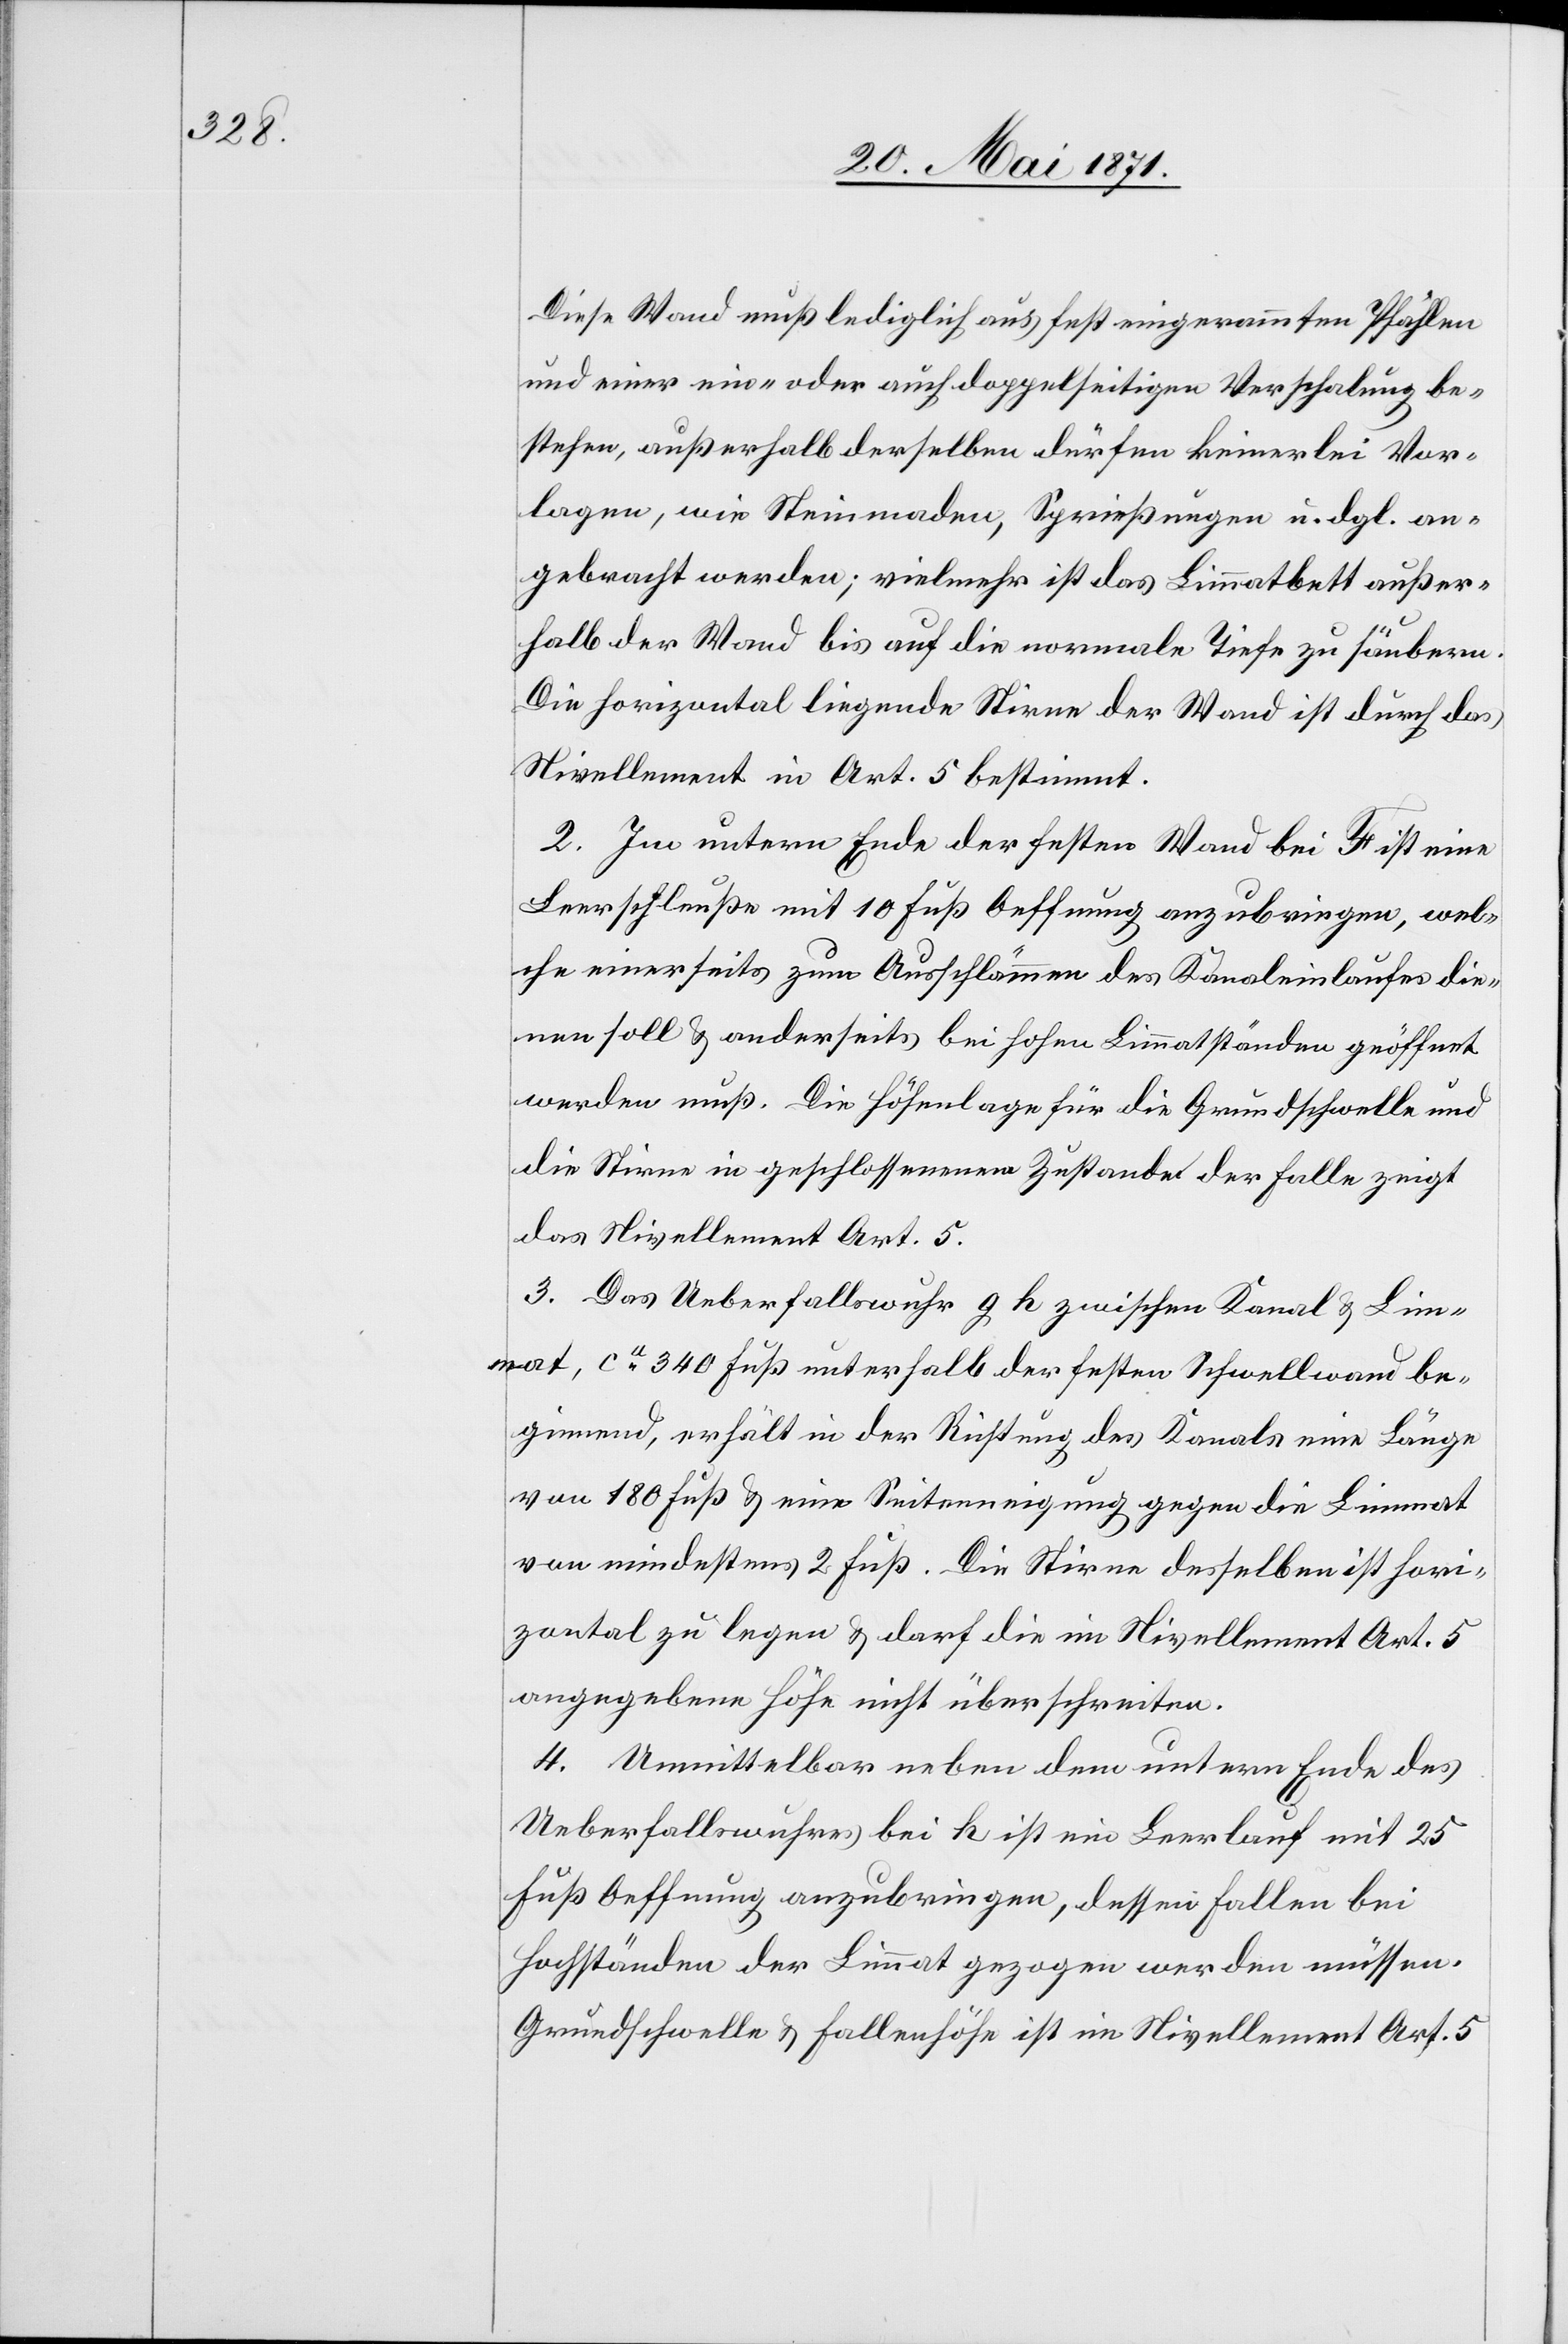
Diese Wand muß lediglich aus fest eingerammten Pfählen
und einer ein- oder auch doppelseitigen Verschalung be¬
stehen, außerhalb derselben dürfen keinerlei Vor¬
lagen, wie Steinmaden, Sprießungen u. dgl. an¬
gebracht werden; vielmehr ist das Limmatbett außer¬
halb der Wand bis auf die normale Tiefe zu säubern.
Die horizontal liegende Stirne der Wand ist durch das
Nivellement in Art. 5 bestimmt.
2. Im untern Ende der festen Wand bei F ist eine
Leerschleuße mit 10 Fuß Oeffnung anzubringen, wel¬
che einerseits zum Ausschlämmen des Kanaleinlaufes die¬
nen soll u. anderseits bei hohen Limmatständen geöffnet
werden muß. Die Höhenlage für die Grundschwelle und
die Stirne in geschlossenem Zustande der Falle zeigt
das Nivellement Art. 5.
3. Das Ueberfallswuhr g h zwischen Kanal u. Lim¬
mat, ca. 340 Fuß unterhalb der festen Schwellwand be¬
ginnend, erhält in der Richtung des Kanals eine Länge
von 180 Fuß eine Seitenneigung gegen die Limmat
von mindestens 2 Fuß. Die Stirne desselben ist hori¬
zontal zu legen u. darf die im Nivellement Art. 5
angegebene Höhe nicht überschreiten.
4. Unmittelbar neben dem untern Ende des
Ueberfallswuhres bei k ist ein Leerlauf mit 25
Fuß Oeffnung anzubringen, dessen Fallen bei
Hochständen der Limmat gezogen werden müssen.
Grundschwelle u. Fallenhöhe ist im Nivellement Art. 5